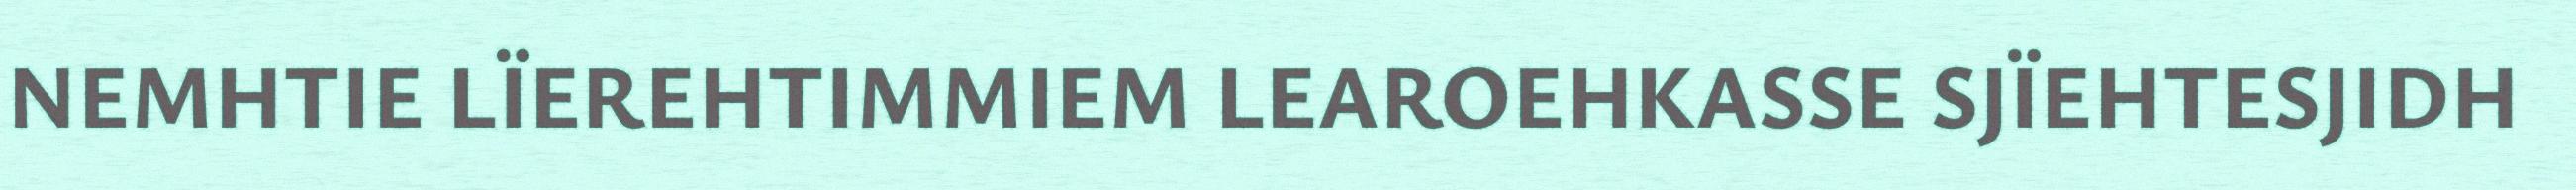
NEMHTIE LÏEREHTIMMIEM LEAROEHKASSE SJÏEHTESJIDH